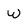
Character: W